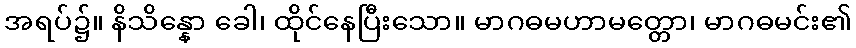
အရပ်၌။ နိသိန္နော ခေါ၊ ထိုင်နေပြီးသော။ မာဂဓမဟာမတ္တော၊ မာဂဓမင်း၏